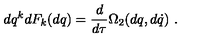
d q ^ { k } d F _ { k } ( d q ) = \frac { d } { d \tau } \Omega _ { 2 } ( d q , d \dot { q } ) \ .